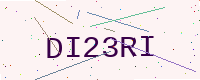
Text: DI23RI